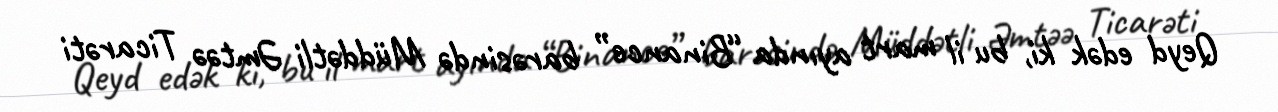
Qeyd edək ki, bu il mart ayında “Binance” barəsində Müddətli Əmtəə Ticarəti